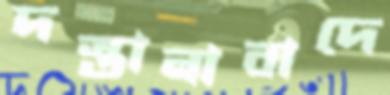
দস্তানাবাদে